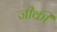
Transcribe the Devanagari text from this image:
जीकी